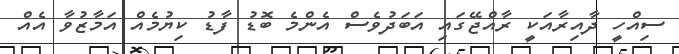
ސިއްހީ ދާއިރާއަކީ ރާއްޖޭގައި އަބަދުވެސް އެންމެ ބޮޑު ފާޑު ކިޔުމެއް އަމާޒުވާ އެއް